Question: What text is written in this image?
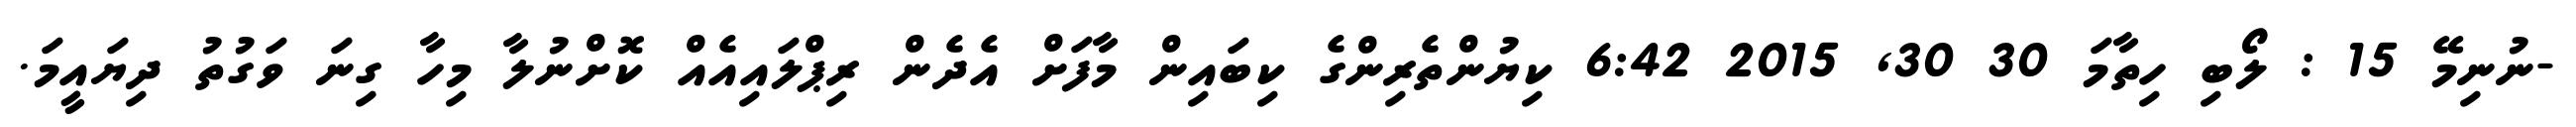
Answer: -ނުނިމޭ 15 : ލޯބި ހިތާމަ 30 30, 2015 6:42 ކިޔުންތެރިންގެ ކިބައިން މާފަށް އެދެން ރިޕްލައިއެއް ކޮށްނުލާ މިހާ ގިނަ ވަގުތު ދިޔައީމަ.